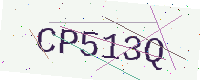
Text: CP513Q